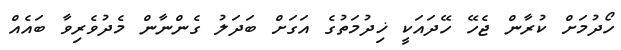
ހޯދުމަށް ކުރާން ޖެހޭ ހޭދައަކީ ޚިދުމަތުގެ އަގަށް ބަދަލު ގެންނާން މެދުވެރިވާ ބައެއް